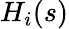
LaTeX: H_{i}(s)